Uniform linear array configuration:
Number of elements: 24
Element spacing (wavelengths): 1
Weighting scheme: uniform
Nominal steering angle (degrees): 30
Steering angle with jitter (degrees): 31.386
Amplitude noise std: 0.05
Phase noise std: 0.05

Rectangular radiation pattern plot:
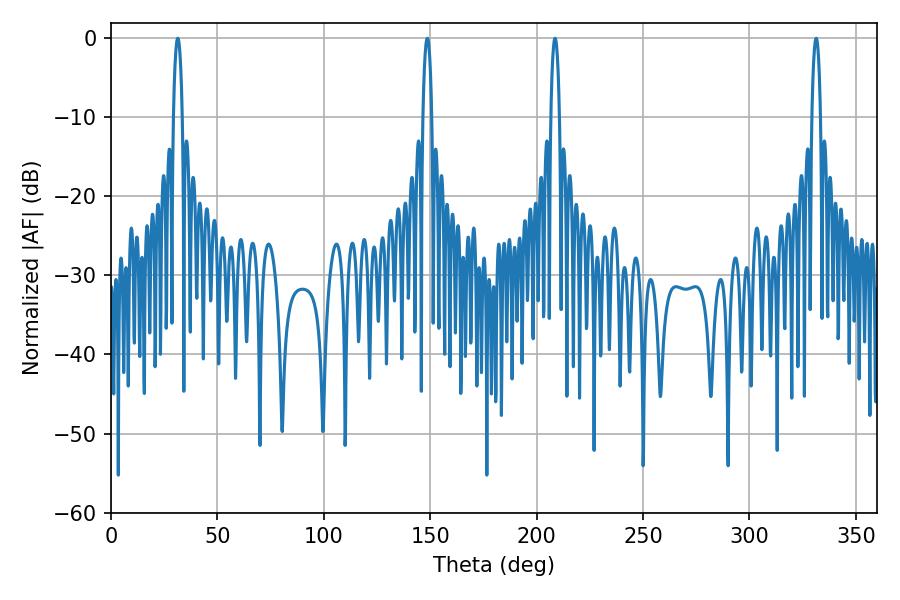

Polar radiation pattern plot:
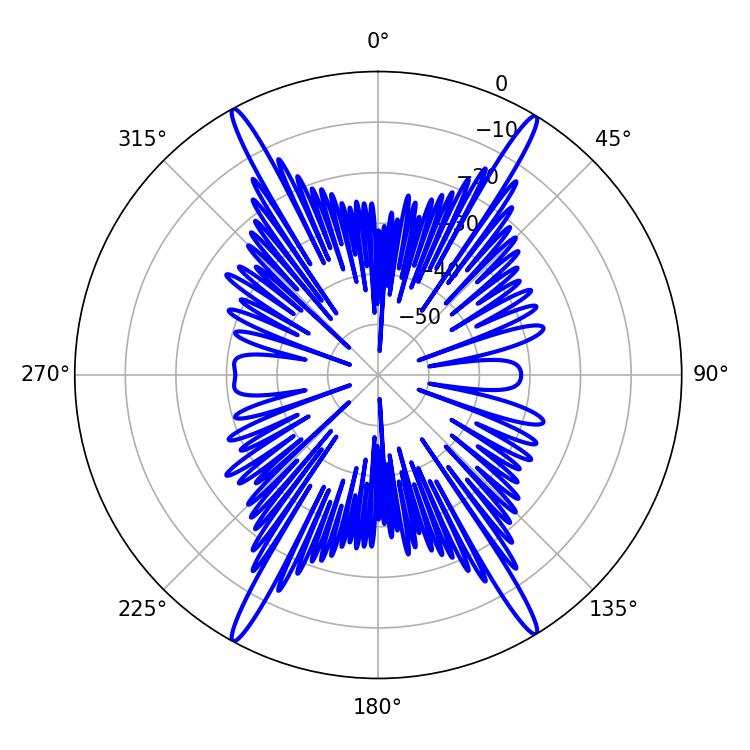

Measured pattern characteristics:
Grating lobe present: TRUE
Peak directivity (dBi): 25.488
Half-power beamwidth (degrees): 2.16
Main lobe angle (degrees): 208.62